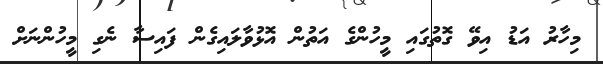
މިހާރު އަޑު އިވޭ ގޮތުގައި މީހުންގެ އަތުން އޮޅުވާލައިގެން ފައިސާ ނެގި މީހުންނަށް